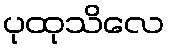
ပုထုသိလေ